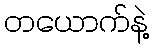
တယောက်နဲ့